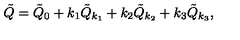
\tilde { Q } = \tilde { Q } _ { 0 } + k _ { 1 } \tilde { Q } _ { k _ { 1 } } + k _ { 2 } \tilde { Q } _ { k _ { 2 } } + k _ { 3 } \tilde { Q } _ { k _ { 3 } } ,